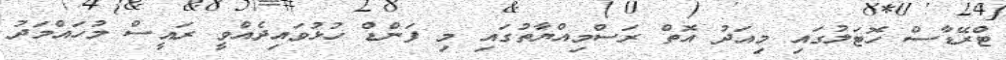
ޓްރޭޑާސް ހޮޓަލުގައި މިއަދު އޮތް ރަސްމިއްޔާތުގައި މި ފަންޑް ހުޅުވައިދެއްވީ ރައީސް މުހައްމަދު